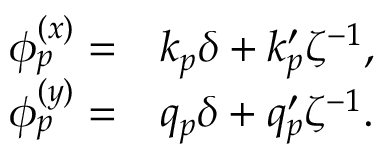
\begin{array} { r l } { \phi _ { p } ^ { ( x ) } = } & { { } k _ { p } \delta + k _ { p } ^ { \prime } \zeta ^ { - 1 } , } \\ { \phi _ { p } ^ { ( y ) } = } & { { } q _ { p } \delta + q _ { p } ^ { \prime } \zeta ^ { - 1 } . } \end{array}